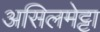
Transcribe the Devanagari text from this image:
असिलमेट्टा